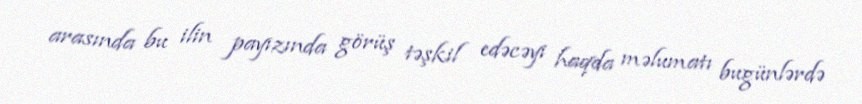
arasında bu ilin payızında görüş təşkil edəcəyi haqda məlumatı bugünlərdə